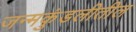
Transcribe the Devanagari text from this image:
जन्मकुंडलीतील